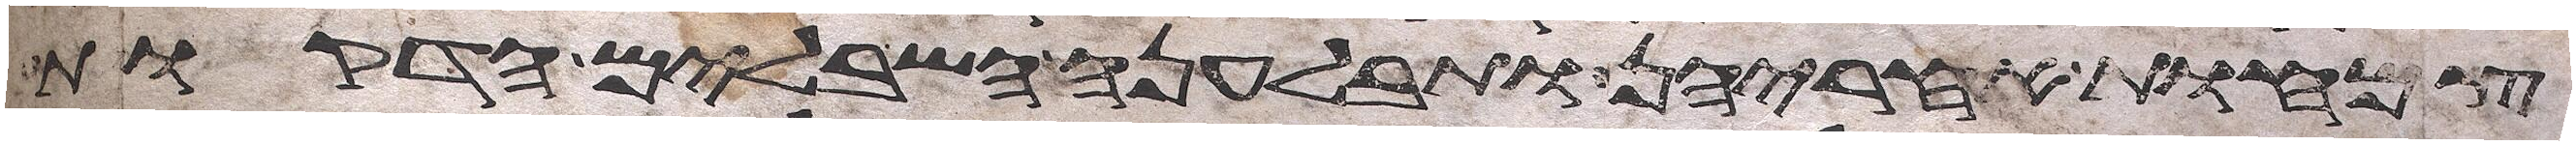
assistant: צמחות אחריהן ותבלענה השבלים הדקות